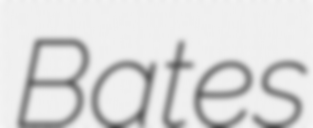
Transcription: Bates